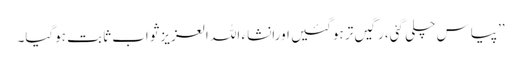
’’پیاس چلی گئی، رگیں تر ہوگئیں اورانشاء اللہ العزیز ثواب ثابت ہوگیا۔